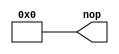
module instruction_nop(
	nop
);


output wire	[31:0] nop;


assign	nop = 32'b00000000000000000000000000000000;





endmodule